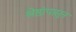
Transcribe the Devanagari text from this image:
श्रेष्ठांपासून